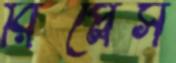
রিপ্লেস